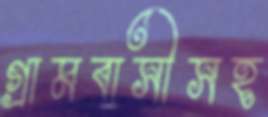
গ্রামবাসীসহ